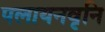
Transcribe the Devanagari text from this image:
पलायनवृनि